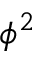
\phi ^ { 2 }